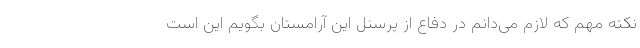
نکته مهم که لازم می‌دانم در دفاع از پرسنل این آرامستان بگویم این است